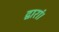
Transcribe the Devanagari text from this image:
द्वारां।